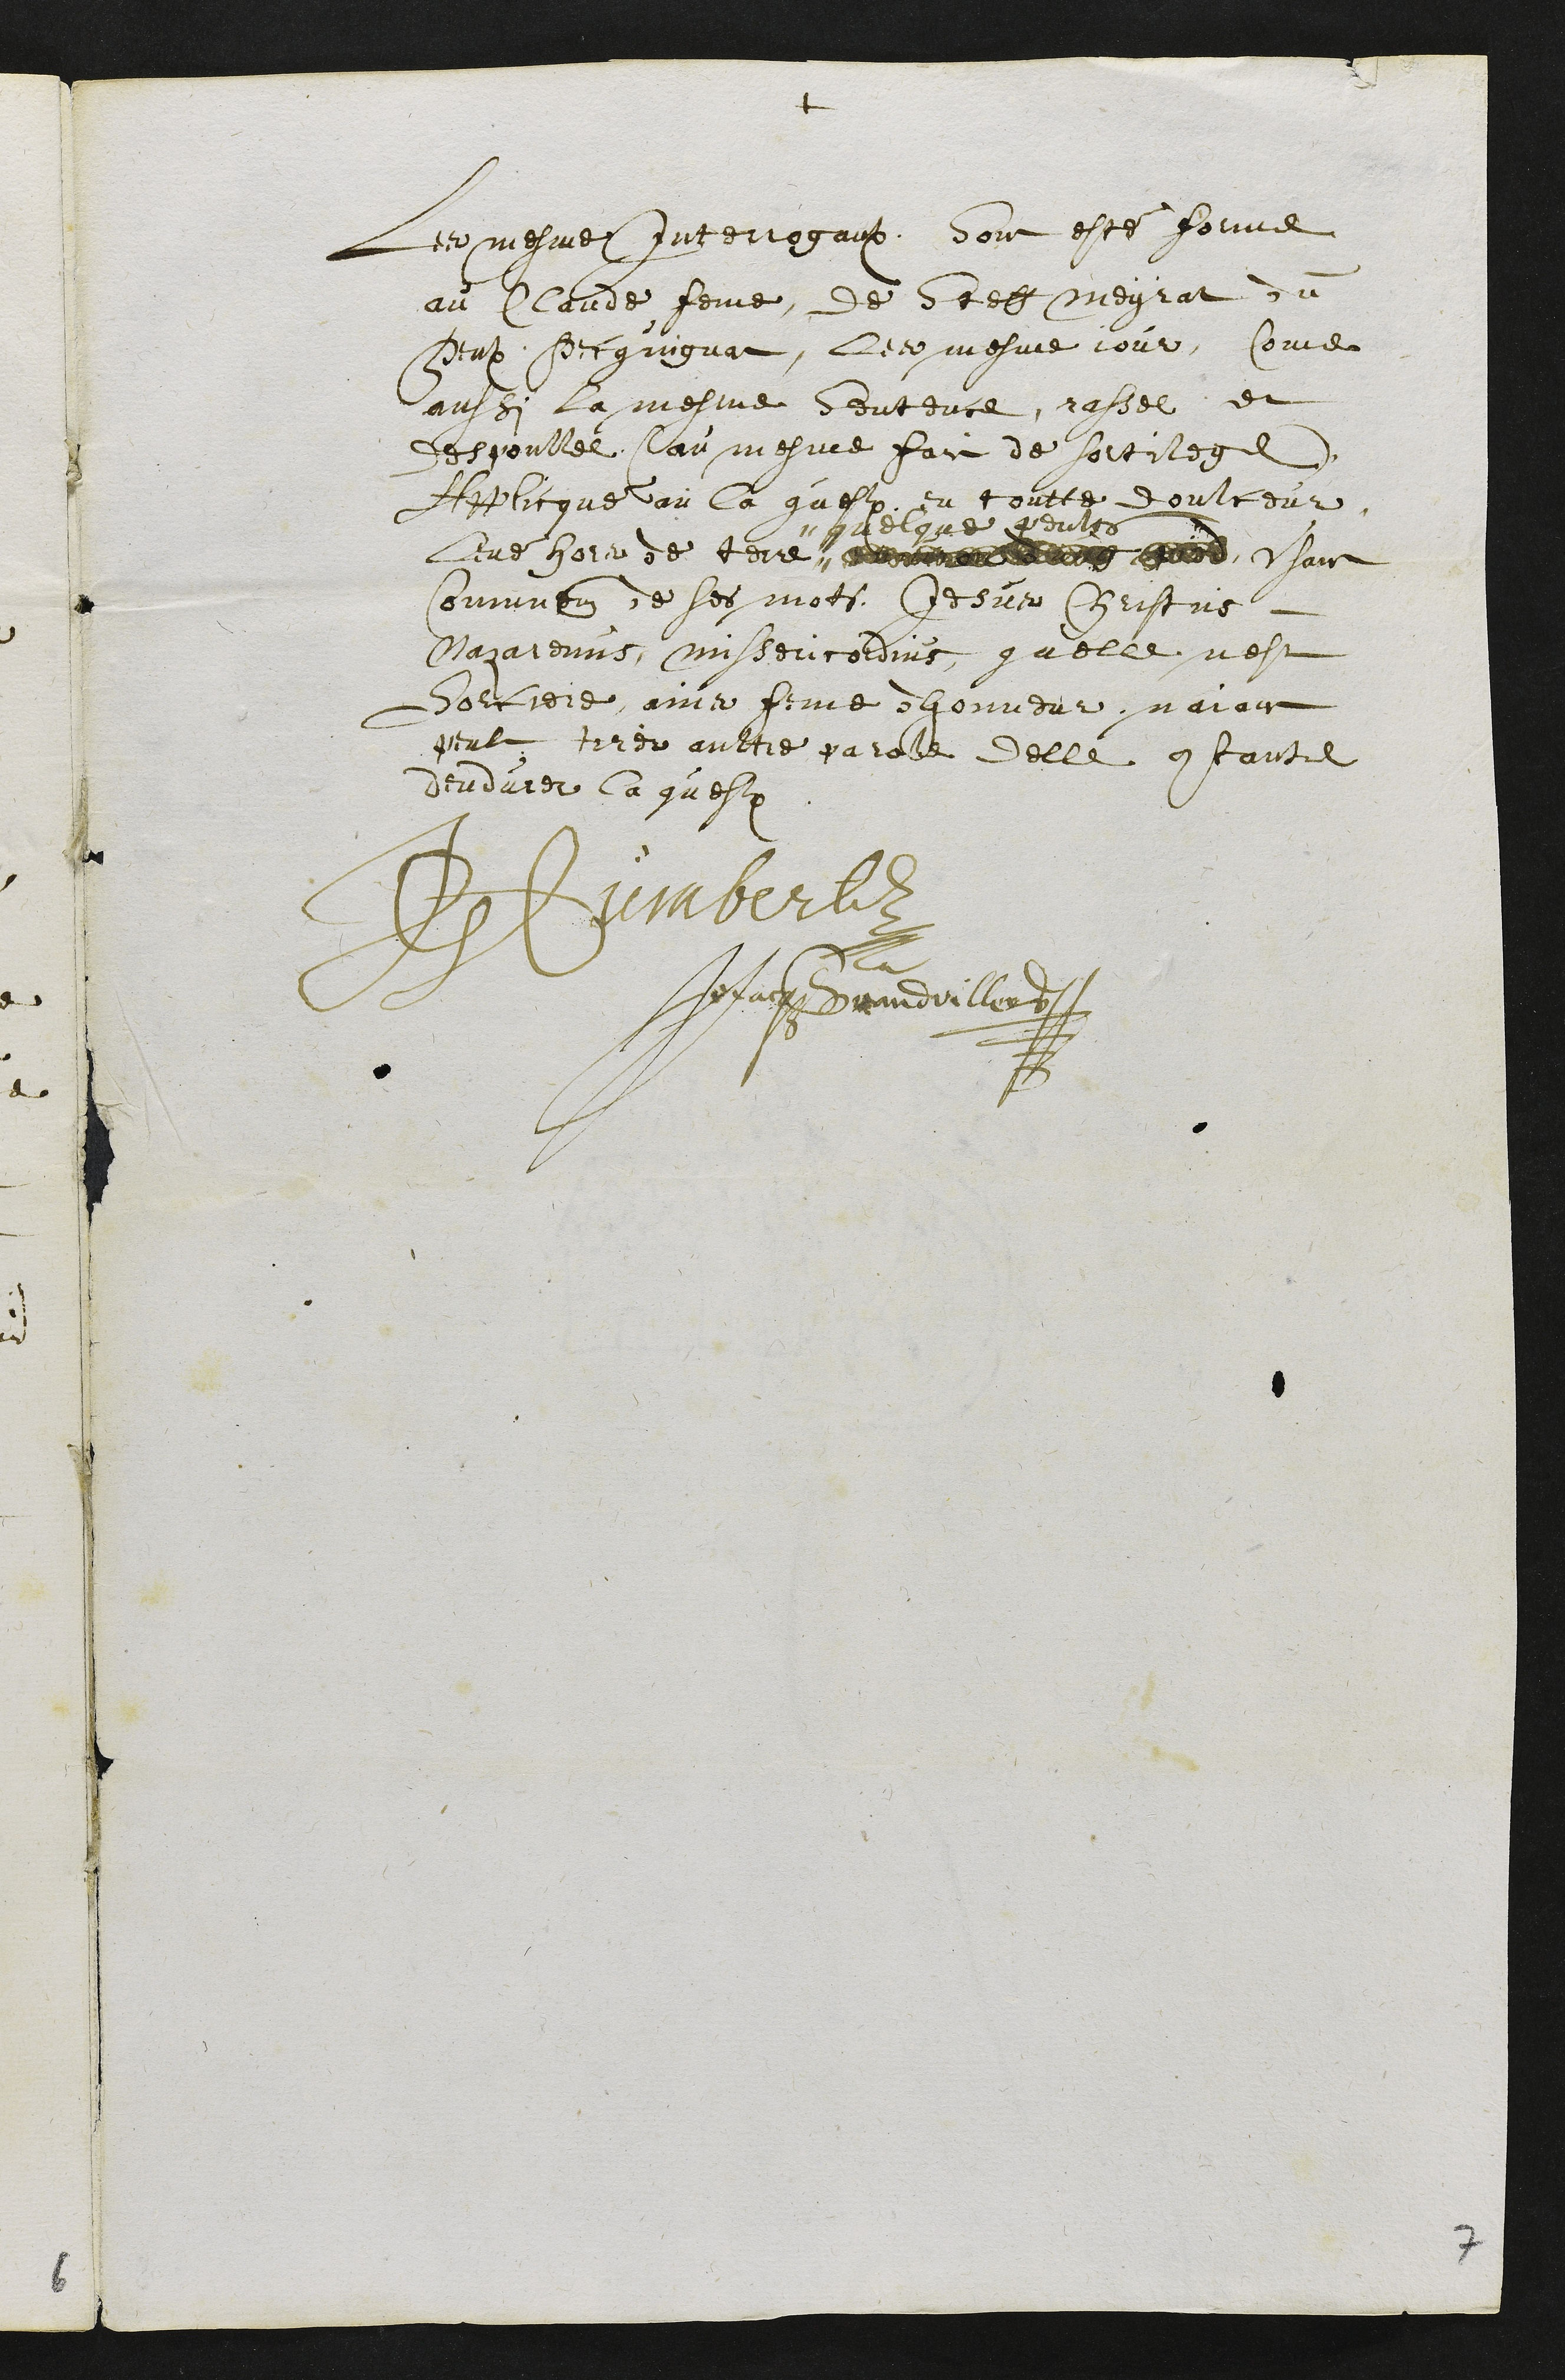
+
Les mesme Interrogaulx, Sont esté forme
au Claude feme, de Steff Meyrat du
Peulx Pecquignat, les mesme jour, come
aussi la mesme sentence, rassee et
despoullee (au mesme faict de sortilege)
Applicqué au la question en toutte doulceur
levé hors de terre ,,
,, quelque peuls
usant
comunement de ses mots Jesus Christus
Nazarenus, missericordius, quelle nest
Sorciere, ains femme dhonneur, naiant
peult tirer aultre parole delle contante
dendurer la question
JHumbert
JoJacqGrandvillers
7